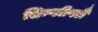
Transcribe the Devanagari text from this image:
सिम्प्लीफ्लै